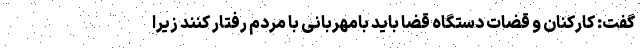
گفت: کارکنان و قضات دستگاه قضا باید بامهربانی با مردم رفتار کنند زیرا